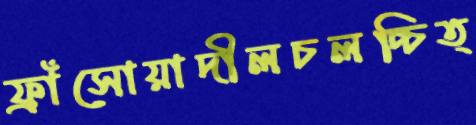
ফ্রাঁসোয়াদীলচলচ্চিত্